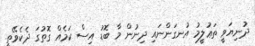
ދުނިޔަވީ ތަޢުލީމު އުނގަންނައި ދިނުން މާ ބޮޑު އިސް ކަމެއް ގޮތުގަ ދެކެވޭތީ.